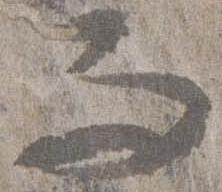
而